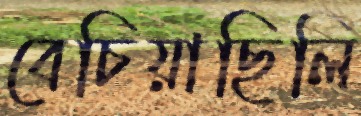
বেচিয়াছিলি